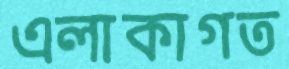
এলাকাগত